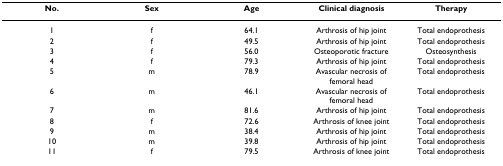
<table><thead><tr><td><b>No.</b></td><td><b>Sex</b></td><td><b>Age</b></td><td><b>Clinical diagnosis</b></td><td><b>Therapy</b></td></tr></thead><tbody><tr><td>1</td><td>f</td><td>64.1</td><td>Arthrosis of hip joint</td><td>Total endoprothesis</td></tr><tr><td>2</td><td>f</td><td>49.5</td><td>Arthrosis of hip joint</td><td>Total endoprothesis</td></tr><tr><td>3</td><td>f</td><td>56.0</td><td>Osteoporotic fracture</td><td>Osteosynthesis</td></tr><tr><td>4</td><td>f</td><td>79.3</td><td>Arthrosis of hip joint</td><td>Total endoprothesis</td></tr><tr><td>5</td><td>m</td><td>78.9</td><td>Avascular necrosis of femoral head</td><td>Total endoprothesis</td></tr><tr><td>6</td><td>m</td><td>46.1</td><td>Avascular necrosis of femoral head</td><td>Total endoprothesis</td></tr><tr><td>7</td><td>m</td><td>81.6</td><td>Arthrosis of hip joint</td><td>Total endoprothesis</td></tr><tr><td>8</td><td>f</td><td>72.6</td><td>Arthrosis of knee joint</td><td>Total endoprothesis</td></tr><tr><td>9</td><td>m</td><td>38.4</td><td>Arthrosis of hip joint</td><td>Total endoprothesis</td></tr><tr><td>10</td><td>m</td><td>39.8</td><td>Arthrosis of hip joint</td><td>Total endoprothesis</td></tr><tr><td>11</td><td>f</td><td>79.5</td><td>Arthrosis of knee joint</td><td>Total endoprothesis</td></tr></tbody></table>